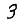
Digit: 3